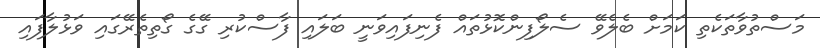
މަސްތުވާތަކެތި ކަމަށް ބެލެވޭ ސެލޯފިންކޮޅުތައް ފެނިފައިވަނީ ބަލައި ފާސްކުރި ގޭގެ ގޯތިތެރޭގައި ވަޅުލާފައި